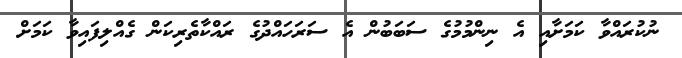
ނުކުރައްވާ ކަމަށާއި އެ ނިންމުމުގެ ސަބަބުން އެ ސަރަހައްދުގެ ރައްކާތެރިކަން ގެއްލިފައިވާ ކަމަށް